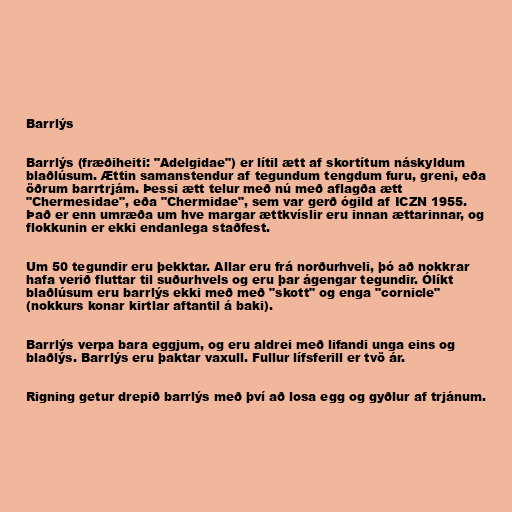
Barrlýs

Barrlýs (fræðiheiti: "Adelgidae") er lítil ætt af skortítum náskyldum
blaðlúsum. Ættin samanstendur af tegundum tengdum furu, greni, eða
öðrum barrtrjám. Þessi ætt telur með nú með aflagða ætt
"Chermesidae", eða "Chermidae", sem var gerð ógild af ICZN 1955.
Það er enn umræða um hve margar ættkvíslir eru innan ættarinnar, og
flokkunin er ekki endanlega staðfest.

Um 50 tegundir eru þekktar. Allar eru frá norðurhveli, þó að nokkrar
hafa verið fluttar til suðurhvels og eru þar ágengar tegundir. Ólíkt
blaðlúsum eru barrlýs ekki með með "skott" og enga "cornicle"
(nokkurs konar kirtlar aftantil á baki).

Barrlýs verpa bara eggjum, og eru aldrei með lifandi unga eins og
blaðlýs. Barrlýs eru þaktar vaxull. Fullur lífsferill er tvö ár.

Rigning getur drepið barrlýs með því að losa egg og gyðlur af trjánum.